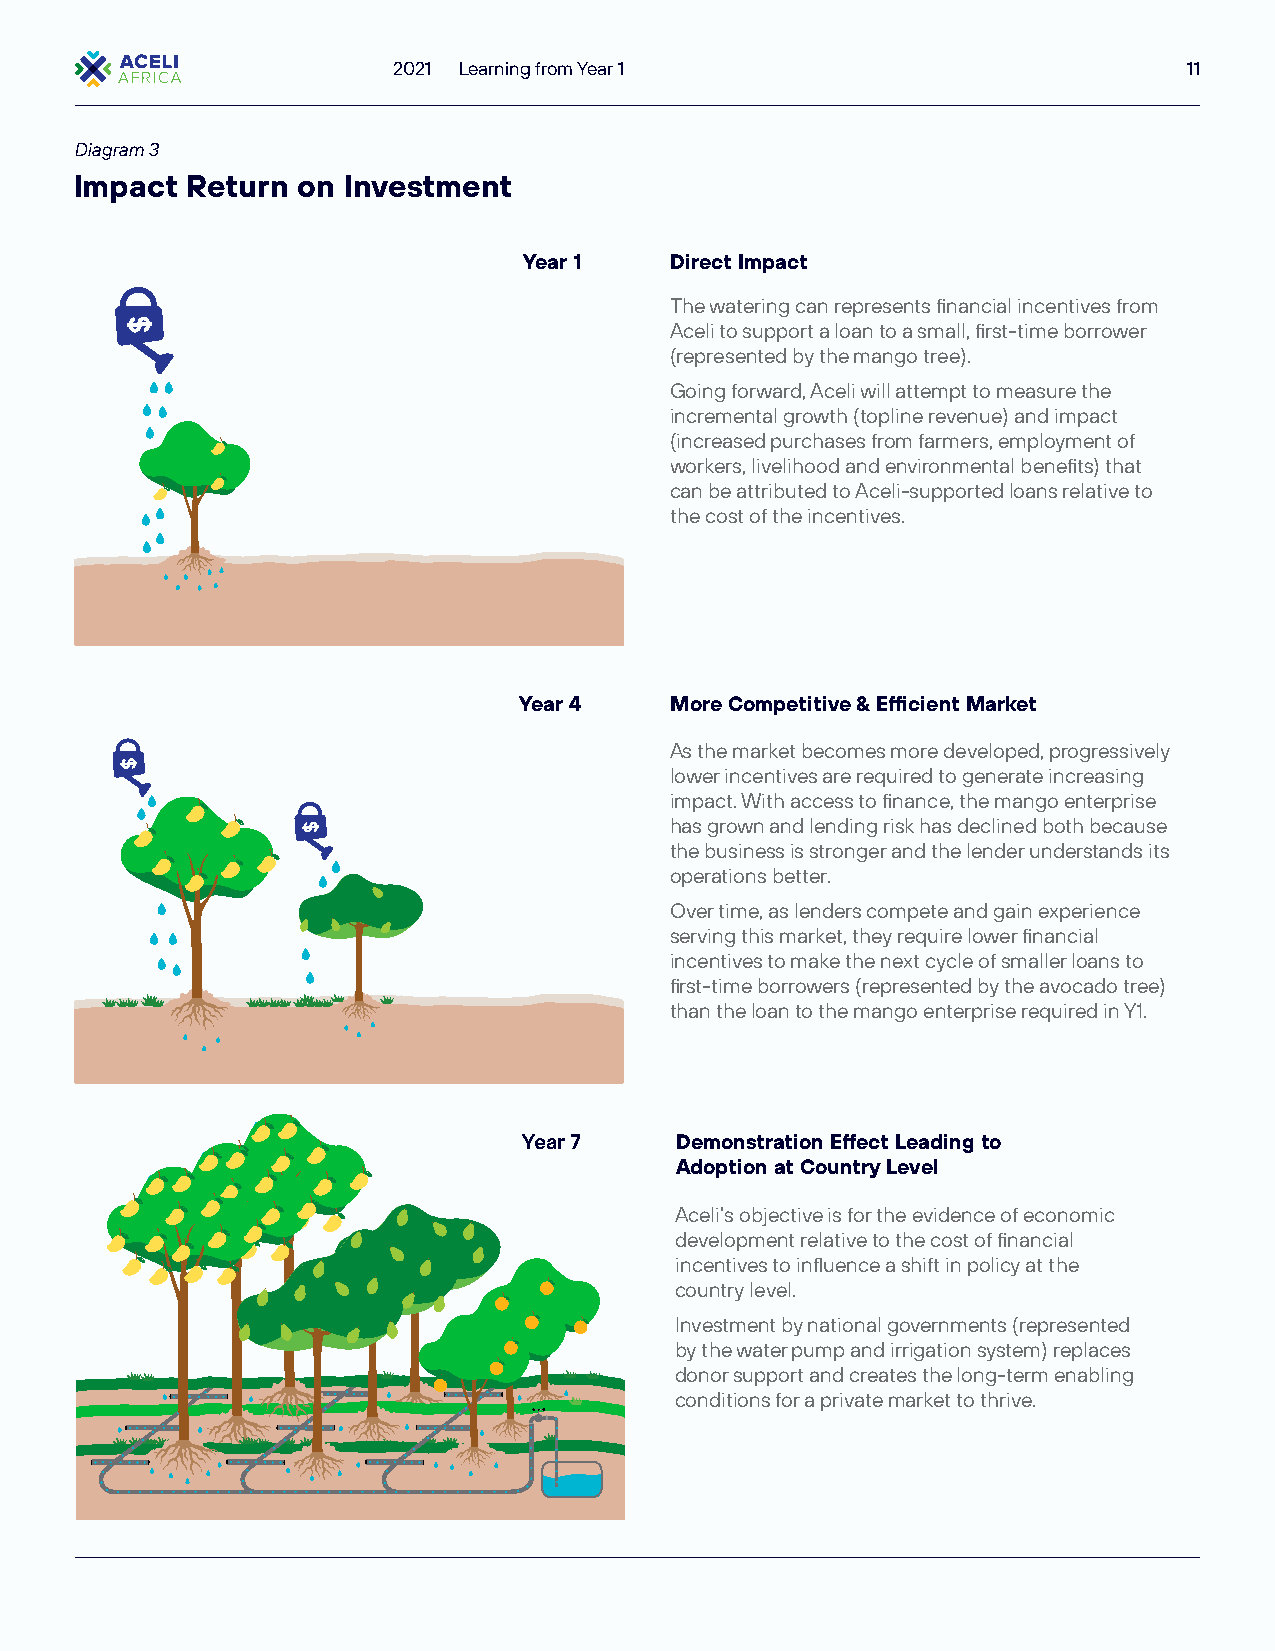
2021 Learning from Year 1                            11
 Diagram 3
 Impact Return  on Investment
 Year 1   Direct Impact
 The watering can represents financial incentives from
 Aceli to support a loan to a small, first-time borrower
 (represented by the mango tree).
 Going forward, Aceli will attempt to measure the
 incremental growth (topline revenue) and impact
 (increased purchases from farmers, employment of
 workers, livelihood and environmental benefits) that
 can be attributed to Aceli-supported loans relative to
 the cost of the incentives.
 Year 4    More Competitive & Efficient Market
 As the market becomes more developed, progressively
 lower incentives are required to generate increasing
 impact. With access to finance, the mango enterprise
 has grown and lending risk has declined both because
 the business is stronger and the lender understands its
 operations better.
 Over time, as lenders compete and gain experience
 serving this market, they require lower financial
 incentives to make the next cycle of smaller loans to
 first-time borrowers (represented by the avocado tree)
 than the loan to the mango enterprise required in Y1.
 Year 7    Demonstration Effect Leading to
 Adoption at Country Level
 Aceli’s objective is for the evidence of economic
 development relative to the cost of financial
 incentives to influence a shift in policy at the
 country level.
 Investment by national governments (represented
 by the water pump and irrigation system) replaces
 donor support and creates the long-term enabling
 conditions for a private market to thrive.